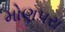
મોણપરા